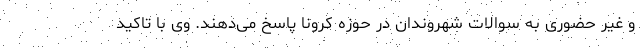
و غیر حضوری به سوالات شهروندان در حوزه کرونا پاسخ می‌دهند. وی با تاکید